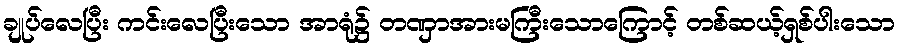
ချုပ်လေပြီး ကင်းလေပြီးသော အာရုံ၌ တဏှာအားမကြီးသောကြောင့် တစ်ဆယ့်ရှစ်ပါးသော